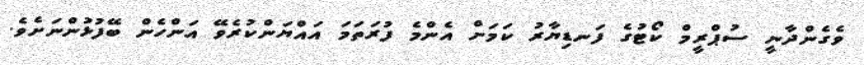
ވެގެންދާނީ ސުޕްރީމް ކޯޓުގެ ފަނޑިޔާރު ކަމަށް އެންމެ ފުރަތަމަ އައްޔަންކުރެވޭ އަންހެން ބޭފުޅުންނަށެވެ.